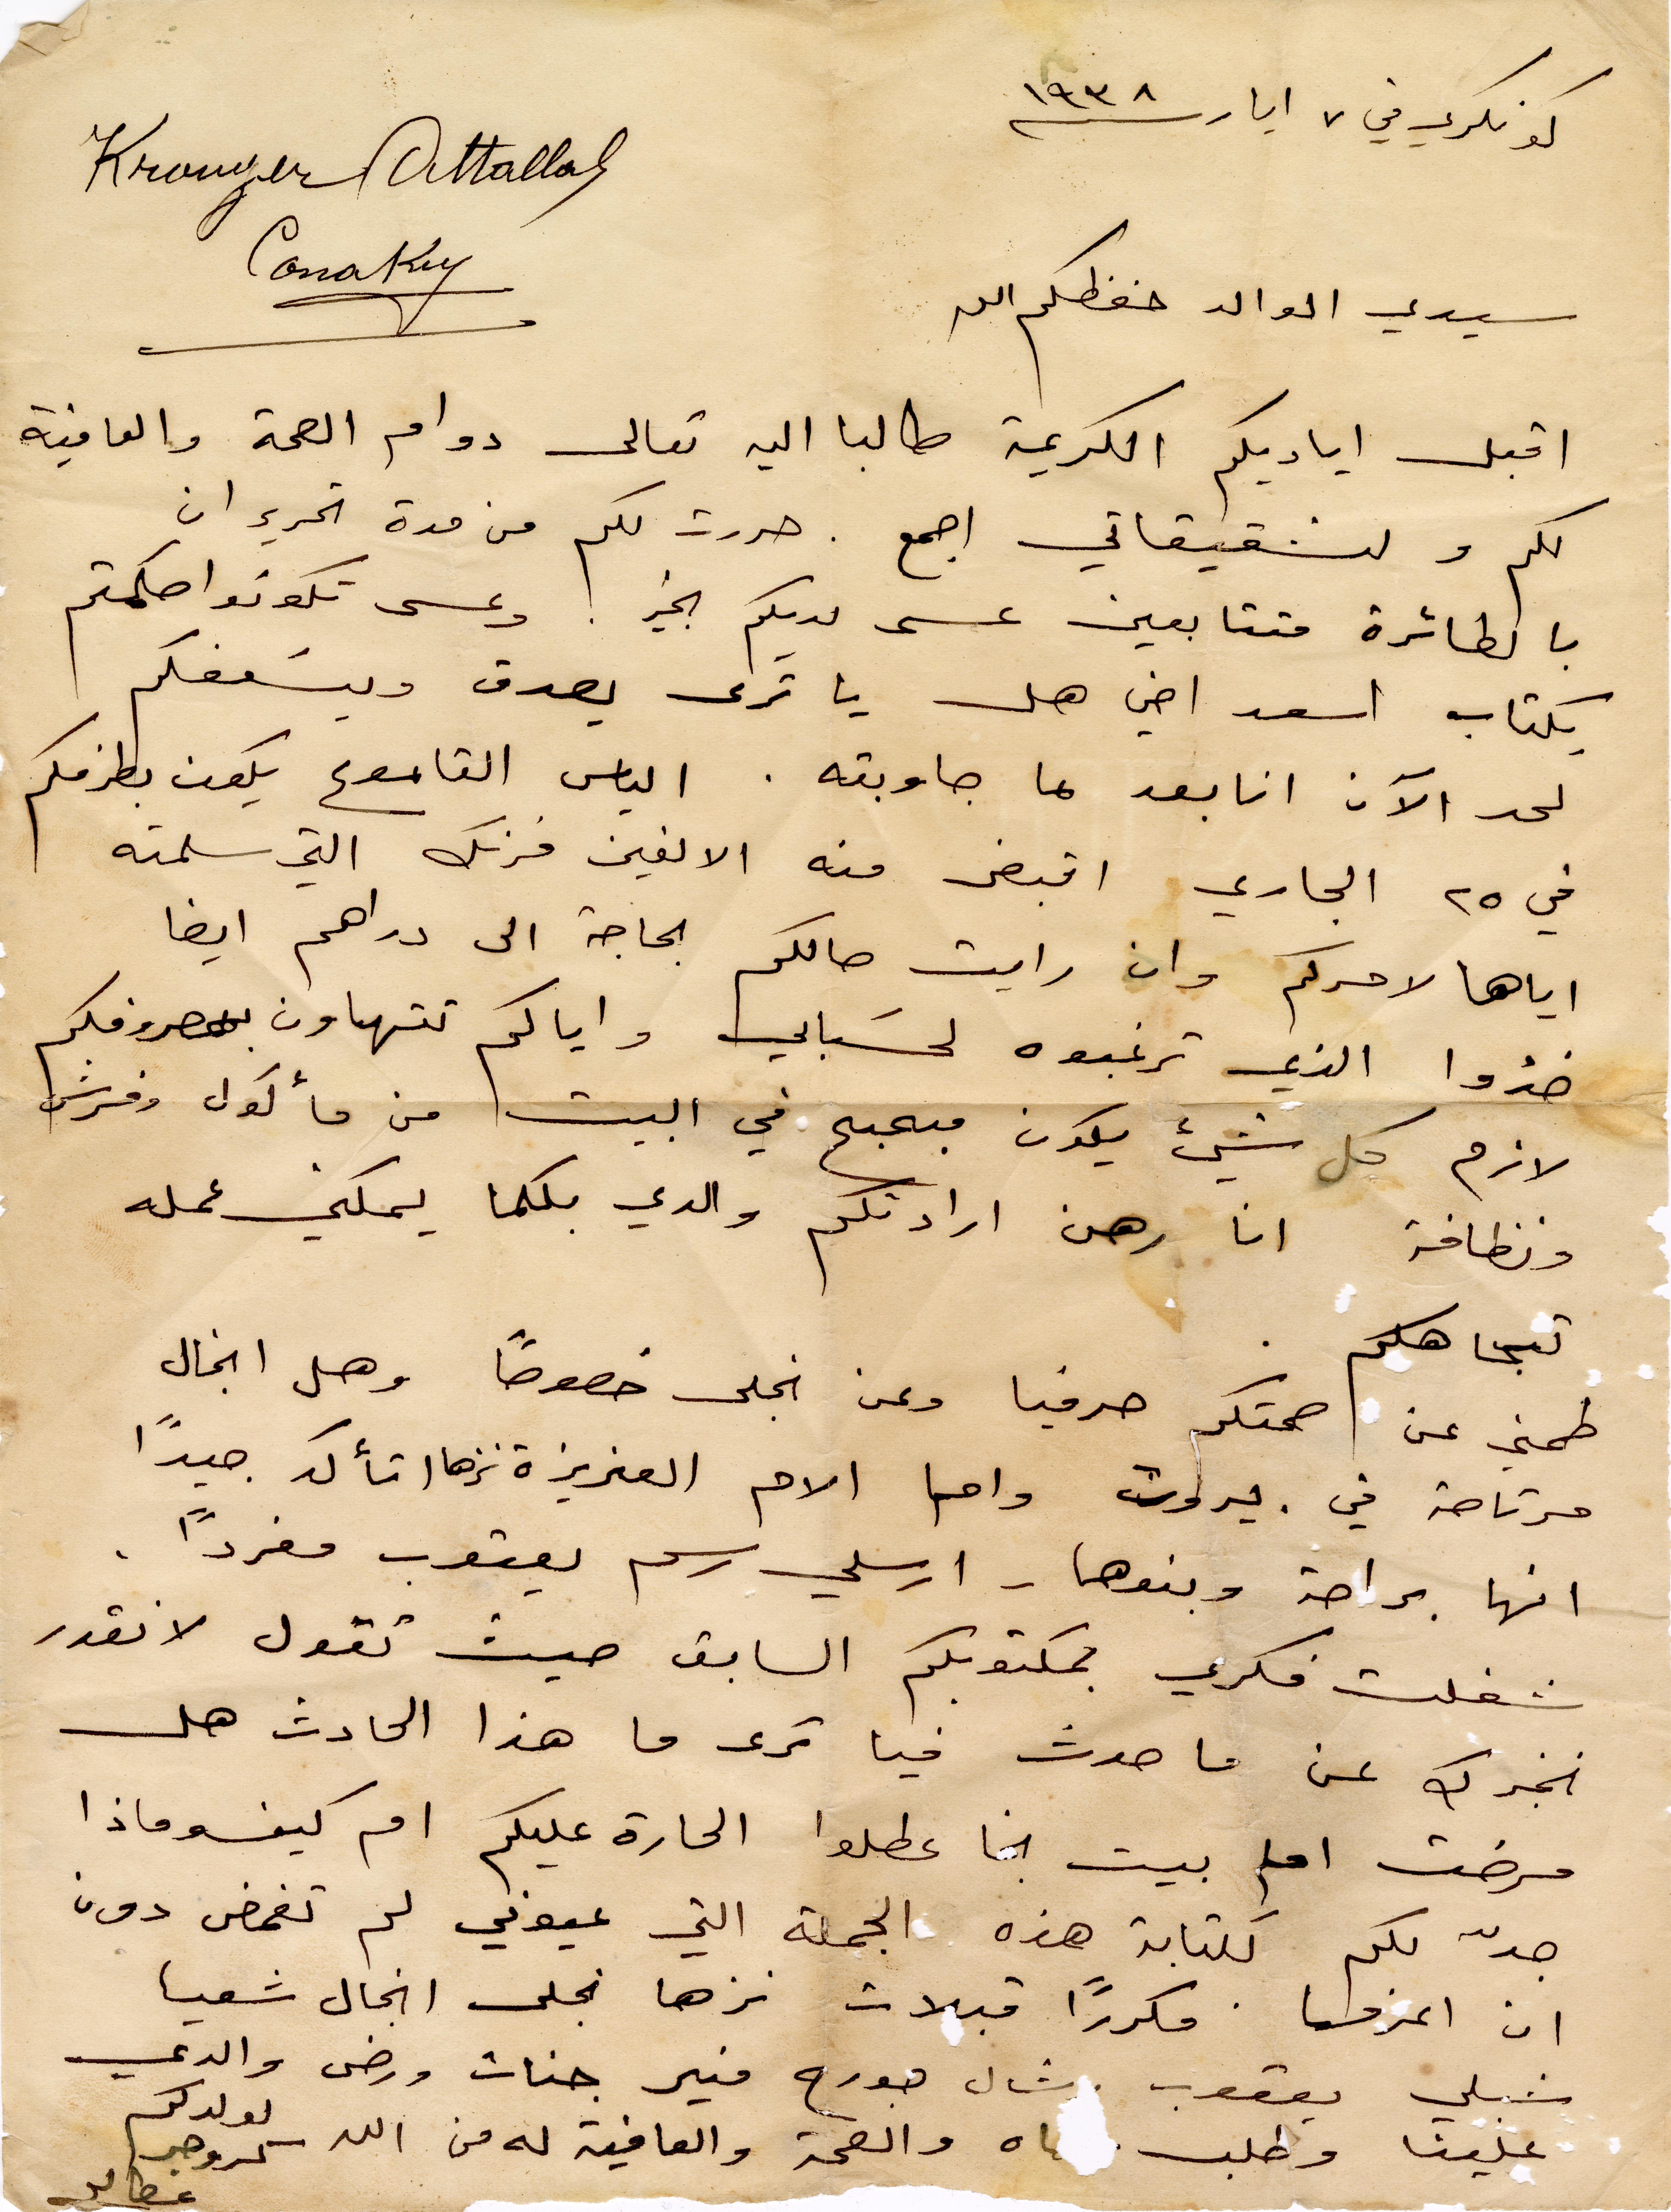
كونكري في ٧ أيار ١۹۳٨
سيدي الوالد حفظكم الله
اقبل اياديكم الكريمة طالبًا اليه تعالى دوام الصحة والعافية
لكم ولشقيقاتي اجمع. حررت لكم من مدة تحرير ان
بالطائرة متتابعين عسى لديكم الخير: وعسى ان تكونوت حكمتم
بكتاب اسعد اخي هل يا ترى يصدق ويسعفكم
لحد الآن انا بعد ما جاوبته. الياس القاموع يكون بطرفكم
في ٢٥ الجاري اقبض منه الالفين فرنك التي سلمته
إياها لامركم وان رايت حالكم الحاجة الى دراهم ايضًا
خذوا الذي ترغبونه لحسابي واياكم تتهاون بمصروفكم
لازم كل شي يكون مبحبح في البيت من مأكول وفرش
ونظافة انا رهن ارادتكم والدي بكلما يمكني عمله
تجاهكم
طمني عن صحتك حرفيا وعن انجل خصوصًا وهل انجال
مرتاحة في بيروت واما الام العزيزة نزها اتأكد جيدًا
انها براحة وبنوها - ارسلي رسم يعقوب مفردًا
شغلت فكري بمكتوبكم السابق حيث تقول لا نقدر
نخبرك عن ما حدث فيا ترى ما هذا الحادث هل
مرضت اما بيت نجا عطلو الحارة عليكم ام كيف وماذا
جدّ لكم لكتابة هذه الجملة التي عيوني لم تغمض دون
ان اعرف مكررًا قبلات نزها نجلى انجال شعيا
 شبلي يعقوب رشال جورج منير جنات
والدتي علينا وطلب والصحة الوعافية له من الله